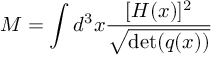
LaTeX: M = \int d ^ { 3 } x { \frac { [ H ( x ) ] ^ { 2 } } { \sqrt { \operatorname* { d e t } ( q ( x ) ) } } }